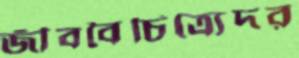
জীববৈচিত্র্যেদর